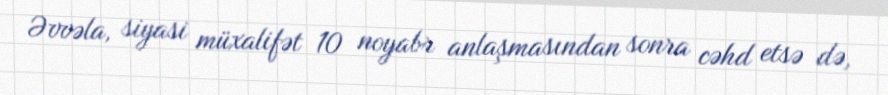
Əvvəla, siyasi müxalifət 10 noyabr anlaşmasından sonra cəhd etsə də,